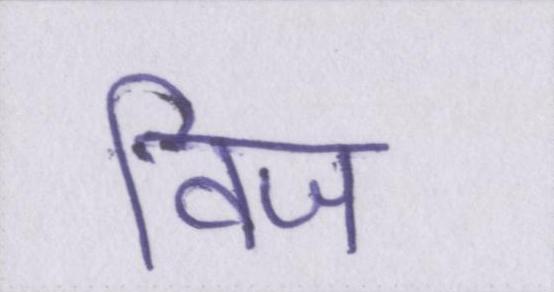
विज